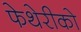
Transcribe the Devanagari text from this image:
फेथेरीको